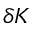
\delta K